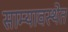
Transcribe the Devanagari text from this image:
साम्यावस्थेत